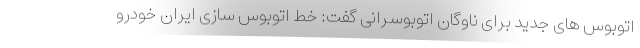
اتوبوس های جدید برای ناوگان اتوبوسرانی گفت: خط اتوبوس سازی ایران خودرو